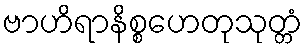
ဗာဟိရာနိစ္စဟေတုသုတ္တံ